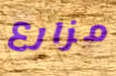
مزارع